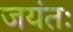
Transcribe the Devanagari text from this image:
जयंतः